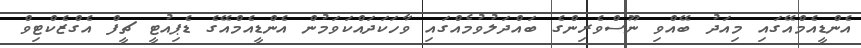
އެންޑީއެމްއޭގައި މިއަދު ބޭއްވި ނޫސްވެރިންގެ ބައްދަލުވުމެއްގައި ވާހަކަދައްކަވަމުން އެންޑީއެމްއޭގެ ޑެޕިއުޓީ ޗީފް އެގްޒެކްޓިވް